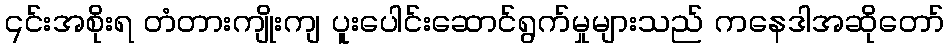
၎င်းအစိုးရ တံတားကျိုးကျ ပူးပေါင်းဆောင်ရွက်မှုများသည် ကနေဒါအဆိုတော်